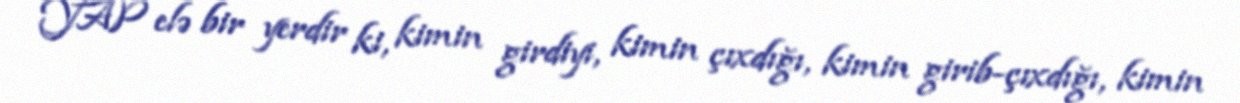
YAP elə bir yerdir ki, kimin girdiyi, kimin çıxdığı, kimin girib-çıxdığı, kimin